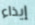
إيذاء